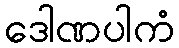
ဒေါဏပါကံ